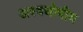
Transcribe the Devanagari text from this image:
अश्वघोषीय